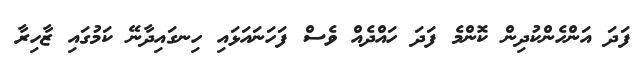
ފަދަ އަންހެންކުދިން ކޮންމެ ފަދަ ހައްދެއް ވެސް ފަހަނައަޅައި ހިނގައިދާނޭ ކަމުގައި ޒާހިރާ